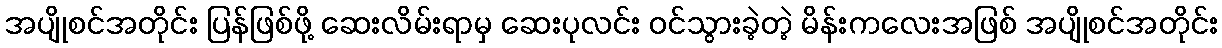
အပျိုစင်အတိုင်း ပြန်ဖြစ်ဖို့ ဆေးလိမ်းရာမှ ဆေးပုလင်း ဝင်သွားခဲ့တဲ့ မိန်းကလေးအဖြစ် အပျိုစင်အတိုင်း